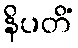
နိပတိံ